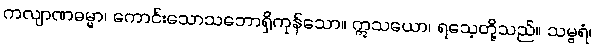
ကလျာဏဓမ္မာ၊ ကောင်းသောသဘောရှိကုန်သော။ ဣသယော၊ ရသေ့တို့သည်။ သမ္ဗရံ၊